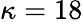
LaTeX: \kappa=18